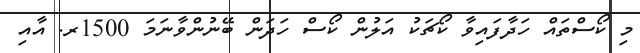
މި ކޯސްތައް ހަދާފައިވާ ކޯޗަކު އަލުން ކޯސް ހަދަން ބޭނުންވާނަމަ 1500ރ. އާއި